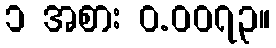
၁ အစား ဝ.၀၀၇၃။